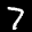
Label: 7